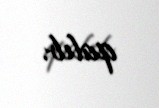
qalıb.